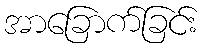
အာခြောက်ခြင်း